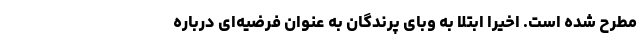
مطرح شده است. اخیرا ابتلا به وبای پرندگان به عنوان فرضیه‌ای درباره